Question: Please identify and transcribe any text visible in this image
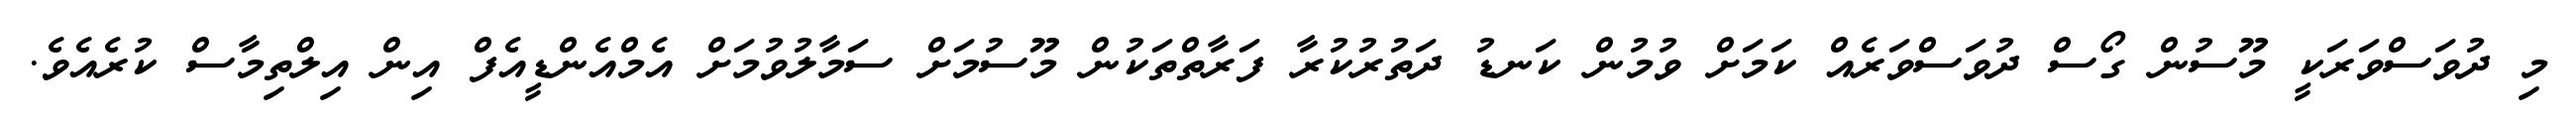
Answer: މި ދުވަސްވަރަކީ މޫސުން ގޯސް ދުވަސްވަރެއް ކަމަށް ވުމުން ކަނޑު ދަތުރުކުރާ ފަރާތްތަކުން މޫސުމަށް ސަމާލުވުމަށް އެމްއެންޑީއެފް އިން އިލްތިމާސް ކުރެއެވެ.